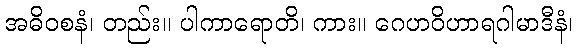
အဓိဝစနံ၊ တည်း။ ပါကာရောတိ၊ ကား။ ဂေဟဝိဟာရဂါမာဒီနံ၊